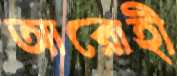
আরোহী